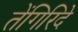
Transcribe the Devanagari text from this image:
तेंगिरिदे